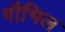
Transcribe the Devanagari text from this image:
गौभिल